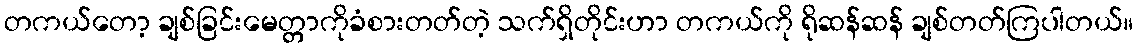
တကယ်တော့ ချစ်ခြင်းမေတ္တာကိုခံစားတတ်တဲ့ သက်ရှိတိုင်းဟာ တကယ်ကို ရိုဆန်ဆန် ချစ်တတ်ကြပါတယ်။